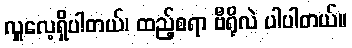
လှူလေ့ရှိပါတယ်၊ ထည့်စရာ ဗီရိုလဲ ပါပါတယ်။